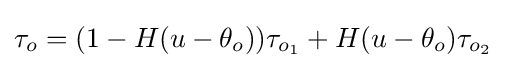
\tau _{o}=(1-H(u-\theta _{o}))\tau _{o_{1}}+H(u-\theta _{o})\tau _{o_{2}}